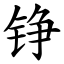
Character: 铮